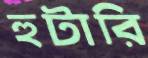
হুটারি